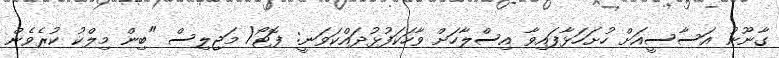
ގާނޫނު އަސާސީއަށް ހުށަހަޅާފައިވާ އިސްލާހަށް ވާހަކަފުޅުދައްކަވަނީ: ފޮޓޯ/ މަޖިލިސް "ބިން މިލްކު ކުރެވެން